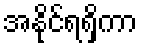
အနိုင်ရရှိကာ